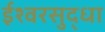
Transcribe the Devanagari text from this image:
ईश्वरसुद्धा